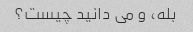
بله، و می دانید چیست؟